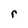
Character: r